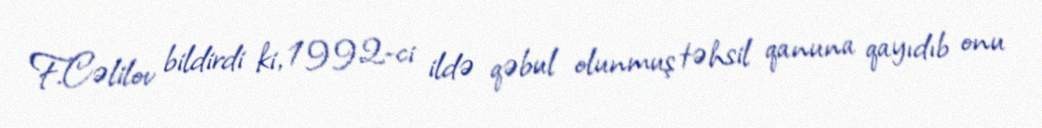
F.Cəlilov bildirdi ki, 1992-ci ildə qəbul olunmuş təhsil qanuna qayıdıb onu